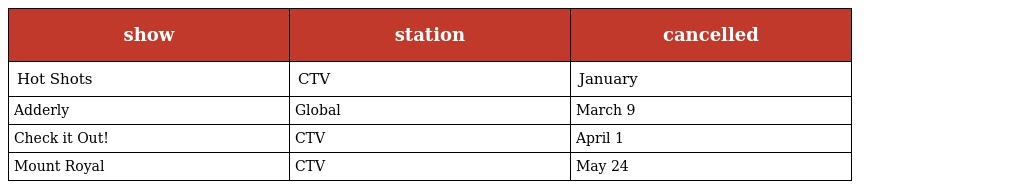
| show | station | cancelled |
 | --- | --- | --- |
 | Hot Shots | CTV | January |
 | Adderly | Global | March 9 |
 | Check it Out! | CTV | April 1 |
 | Mount Royal | CTV | May 24 |